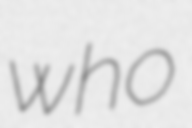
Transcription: who